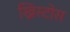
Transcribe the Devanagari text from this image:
ख्रिस्टोस